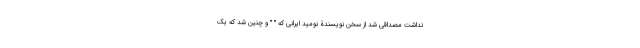
نداشت مصداقی شد از سخن نویسندۀ نومید ایرانی که " " و چنین شد که یک